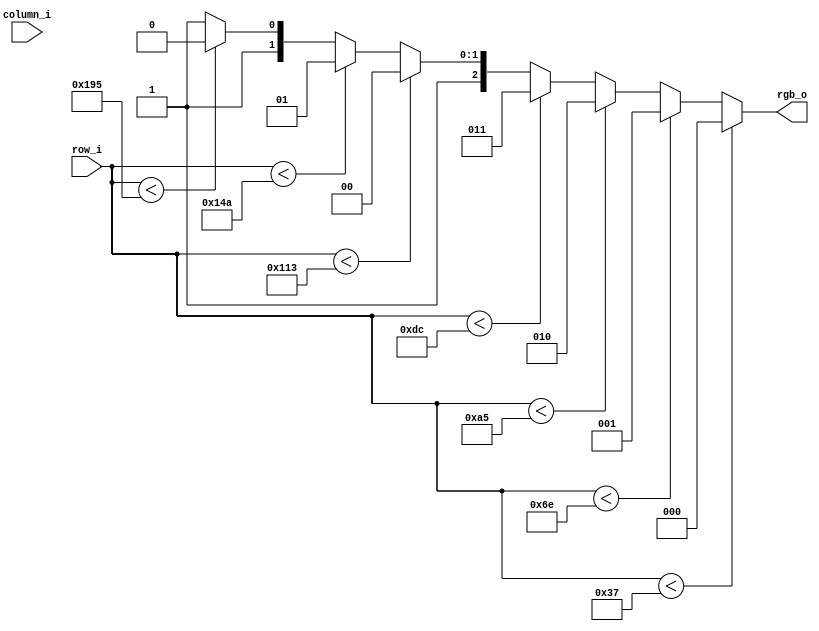
module pattGen2 (
	//Lista de porturi
	output	[2:0] rgb_o,
	input	[8:0] row_i,
	input	[9:0] column_i
	
);
//Lista de parametrii
localparam BLACK  = 3'b000;
localparam RED    = 3'b100;
localparam GREEN  = 3'b010;
localparam BLUE   = 3'b001;
localparam CYAN   = 3'b011;
localparam PINK   = 3'b101;
localparam YELLOW = 3'b110;
localparam WHITE  = 3'b111;

localparam x0 = 55;
localparam x1 = 110;
localparam x2 = 165;
localparam x3 = 220;
localparam x4 = 275;
localparam x5 = 330;
localparam x6 = 405;


//Semnale interne
// N/A

//Cod
//always @(*)
//if ((column_i > x0) & (column_i < x1)) rgb_o = RED; else
//											rgb_o = GREEN;

//assign rgb_o = row[9:7] ultimii cei mai semnificativi

assign rgb_o = (row_i < x0)? BLACK : 
               (row_i < x1)? BLUE  : 
			   (row_i < x2)? GREEN :
			   (row_i < x3)? CYAN  :
			   (row_i < x4)? RED   :
			   (row_i < x5)? PINK  :
			   (row_i < x6)? YELLOW : WHITE;

endmodule